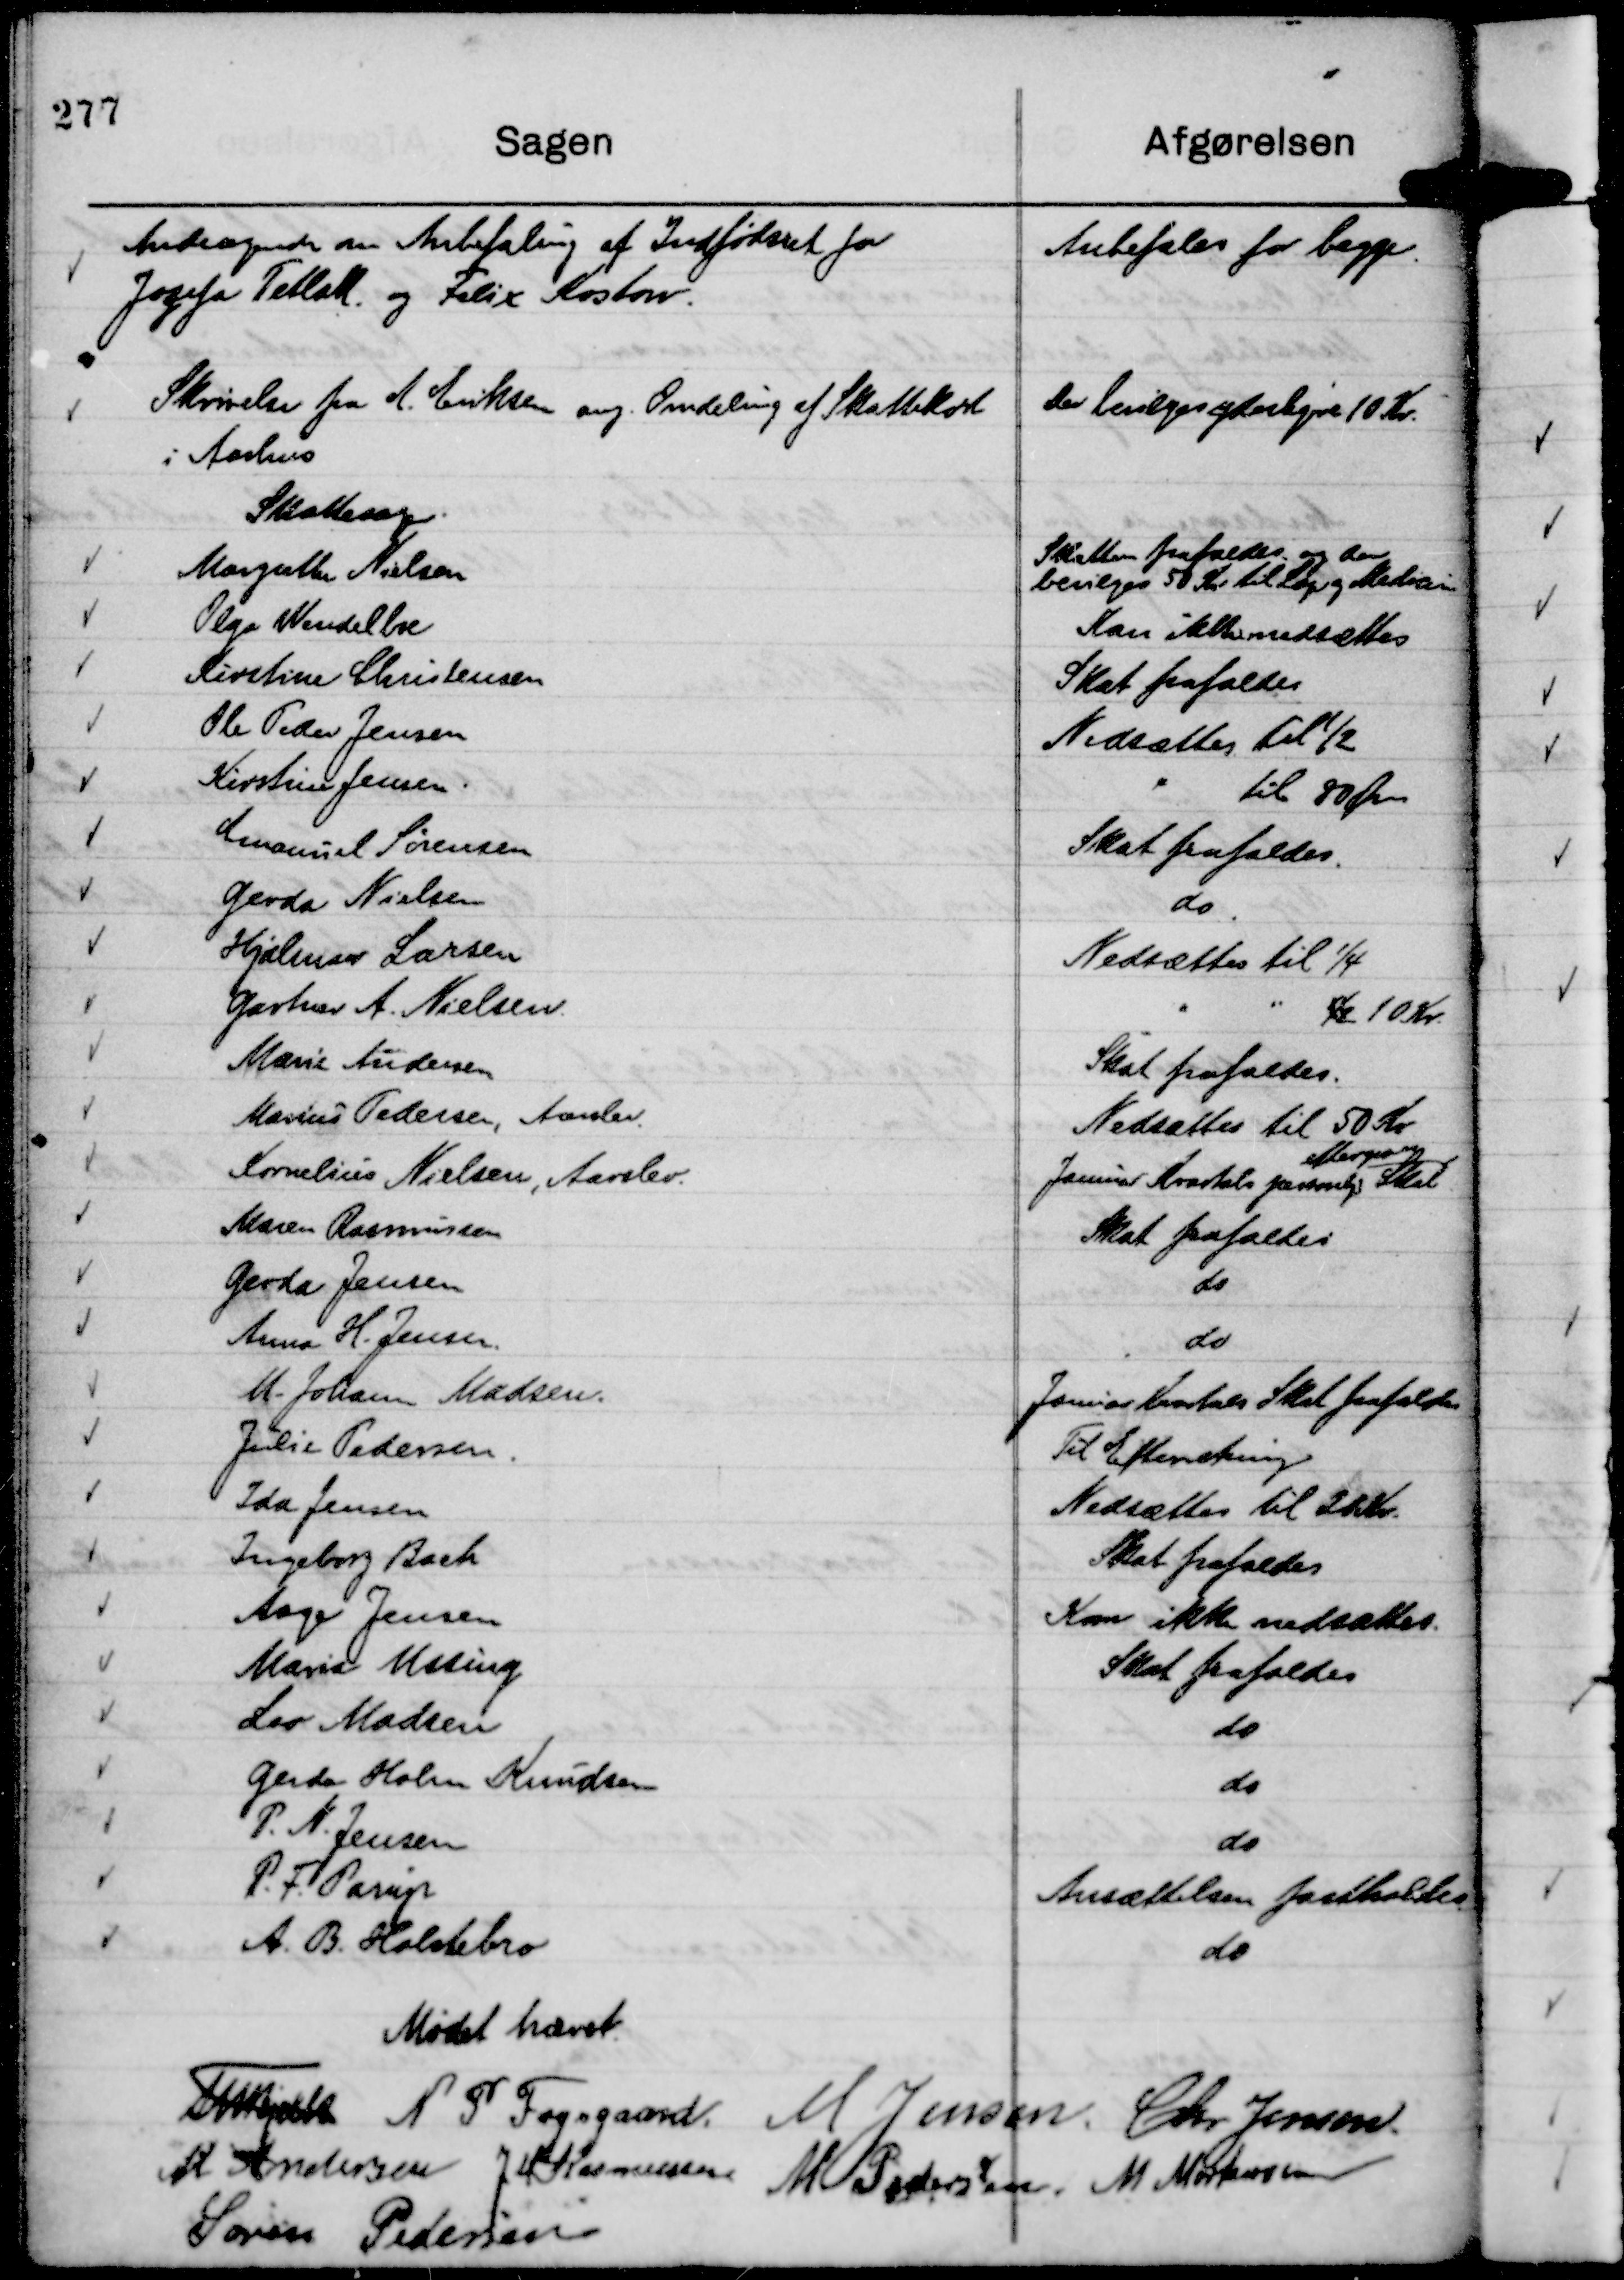
Transskription:
Andragende om Anbefaling af Indfødsret for
Jozefa Tetlak. og Felix Kostow.

Anbefales for begge.

Skrivelse fra A. Eriksen ang. Omdeling af Skattekort
i Aarhus

Der bevilges yderligere 10 Kr.

Mødet hævet.
Th Bjelke
N P Fogsgaard.
M Jensen.
Chr Jensen.
M Andersen
J M Rasmussen
M Pedersen.
M Mortensen
Søren Pedersen